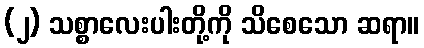
(၂) သစ္စာလေးပါးတို့ကို သိစေသော ဆရာ။